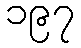
၁၉၇